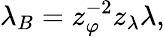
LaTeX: \lambda_{B}=z_{\varphi}^{-2}z_{\lambda}\lambda,